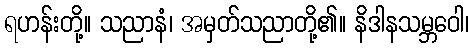
ရဟန်းတို့။ သညာနံ၊ အမှတ်သညာတို့၏။ နိဒါနသမ္ဘဝေါ၊